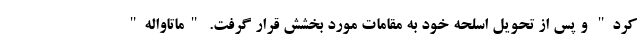
کرد" و پس از تحویل اسلحه خود به مقامات مورد بخشش قرار گرفت. "ماتاواله"